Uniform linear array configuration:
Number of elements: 8
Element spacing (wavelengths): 1
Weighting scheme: kaiser
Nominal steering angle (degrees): -30
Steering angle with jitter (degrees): -30.365
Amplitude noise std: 0.05
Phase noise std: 0.05

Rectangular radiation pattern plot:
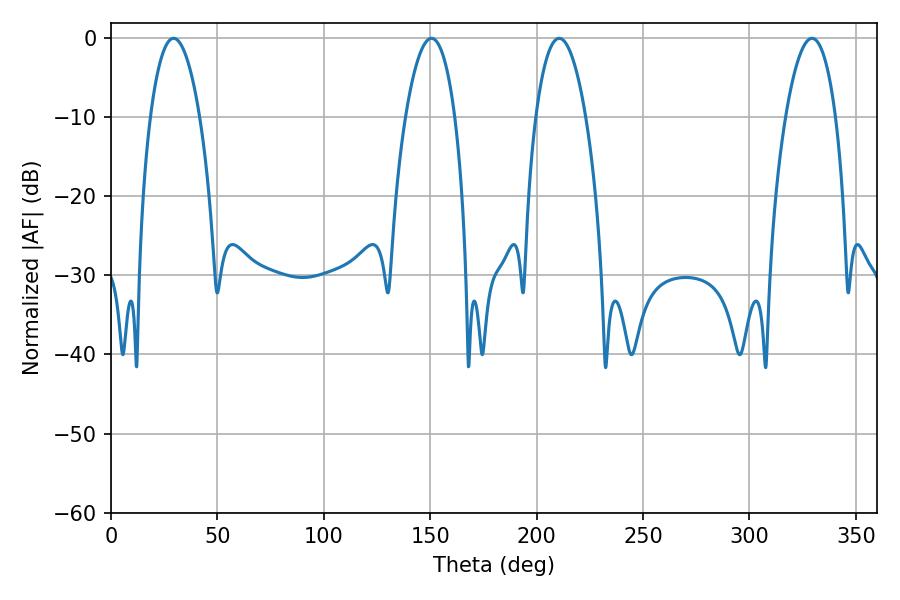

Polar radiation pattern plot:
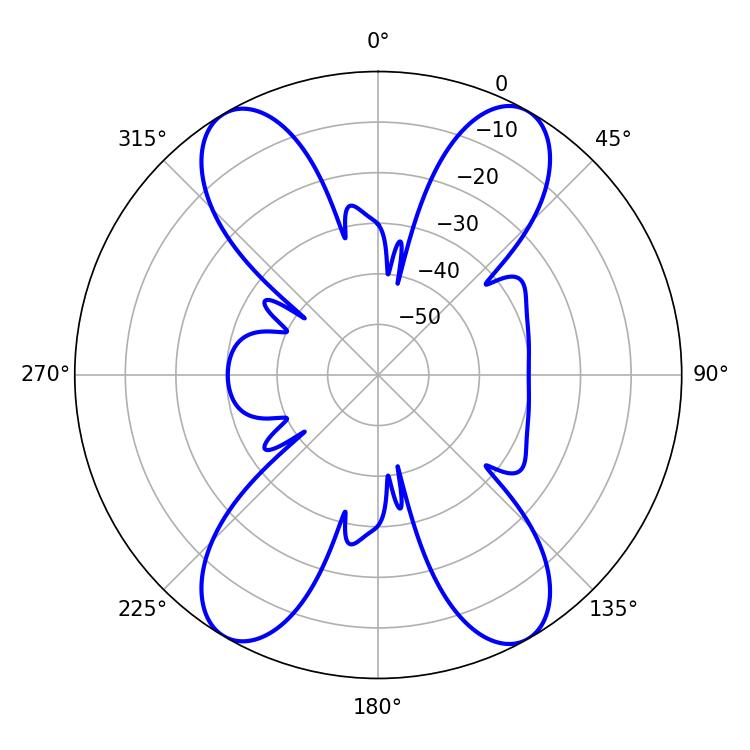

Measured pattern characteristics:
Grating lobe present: TRUE
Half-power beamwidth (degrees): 13.14
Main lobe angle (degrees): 210.6